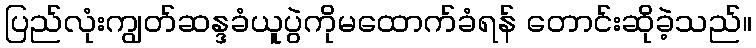
ပြည်လုံးကျွတ်ဆန္ဒခံယူပွဲကိုမထောက်ခံရန် တောင်းဆိုခဲ့သည်။